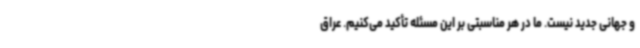
و جهانی جدید نیست. ما در هر مناسبتی بر این مسئله تأکید می‌کنیم. عراق